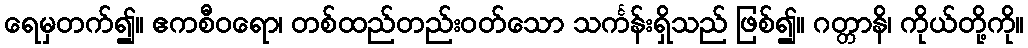
ရေမှတက်၍။ ဧကစီဝရော၊ တစ်ထည်တည်းဝတ်သော သင်္ကန်းရှိသည် ဖြစ်၍။ ဂတ္တာနိ၊ ကိုယ်တို့ကို။